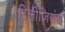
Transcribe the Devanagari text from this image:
रिलीजियंस